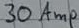
Text: 30Amp